Vaccination in Bombay 1889-1901 - 1889-1901
Year: 1889
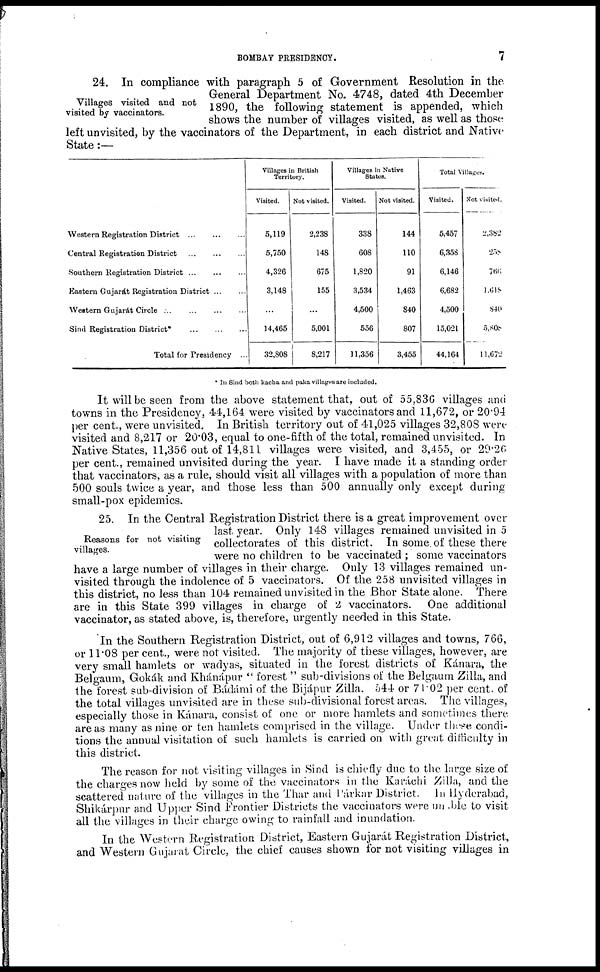
BOMBAY PRESIDENCY.
7
Villages visited and not
visited by vaccinators.
24. In compliance with paragraph 5 of Government Resolution in the
General Department No. 4748, dated 4th December
1890, the following statement is appended, which
shows the number of villages visited, as well as those
left unvisited, by the vaccinators of the Department, in each district and Native
State:—
Western Registration District
...
...
...
Central Registration District
...
...
...
Southern Registration District ...
...
...
Eastern Gujarát Registration
District...
...
Western Gujarát Circle
...
...
...
...
Sind Registration District*
...
...
...
Total for Presidency ...
Villages in British
Territory.
Visited.
5,119
5,750
4,326
3,148
...
14,465
32,808
Not visited.
2,238
148
675
155
...
5,001
8,217
Villages in Native
States.
Visited.
338
608
1,820
3,534
4,500
556
11,356
Not visited.
144
110
91
1,463
840
807
3,455
Total Villages.
Visited.
5,457
6,358
6,146
6,682
4,500
15,021
44,164
Not visited.
2,382
258
766
1,618
840
5,808
11,672
In Sind both kacba and paka villages are included.
It will be seen from the above statement that, out of 55,836 villages and
towns in the Presidency, 44,164 were visited by vaccinators and 11,672, or 20.94
per cent., were unvisited. In British territory out of 41,025 villages 32,808 were
visited and 8,217 or 20.03, equal to one-fifth of the total, remained unvisited. In
Native States, 11,356 out of 14,811 villages were visited, and 3,455, or 29.26
per cent., remained unvisited during the year. I have made it a standing order
that vaccinators, as a rule, should visit all villages with a population of more than
500 souls twice a year, and those less than 500 annually only except during
small-pox epidemics.
Reasons for not visiting
villages.
25. In the Central Registration District there is a great improvement over
last year. Only 148 villages remained unvisited in 5
collectorates of this district. In some of these there
were no children to be vaccinated ; some vaccinators
have a large number of villages in their charge. Only 13 villages remained un-
visited through the indolence of 5 vaccinators. Of the 258 unvisited villages in
this district, no less than 104 remained unvisited in the Bhor State alone. There
are in this State 399 villages in charge of 2 vaccinators. One additional
vaccinator, as stated above, is, therefore, urgently needed in this State.
In the Southern Registration District, out of 6,912 villages and towns, 766,
or 11.08 per cent., were not visited. The majority of these villages, however, are
very small hamlets or wadyas, situated in the forest districts of Kánara, the
Belgaum, Gokák and Khánápur " forest " sub-divisions of the Belgaum Zilla, and
the forest sub-division of Bádámi of the Bijápur Zilla. 544 or 71.02 per cent. of
the total villages unvisited are in these sub-divisional forest areas. The villages,
especially those in Kánara, consist of one or more hamlets and sometimes there
are as many as nine or ten hamlets comprised in the village. Under these condi-
tions the annual visitation of such hamlets is carried on with great difficulty in
this district.
The reason for not visiting villages in Sind is chiefly due to the large size of
the charges now held by some of the vaccinators in the Karáchi Zilla, and the
scattered nature of the villages in the Thar and Párkar District. In Hyderabad,
Shikárpur and Upper Sind Frontier Districts the vaccinators were unable to visit
all the villages in their charge owing to rainfall and inundation.
In the Western Registration District, Eastern Gujarát Registration District,
and Western Gujarat Circle, the chief causes shown for not visiting villages in